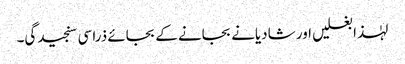
لہٰذا بغلیں اور شادیانے بجانے کے بجائے ذرا سی سنجیدگی۔